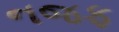
નજફ